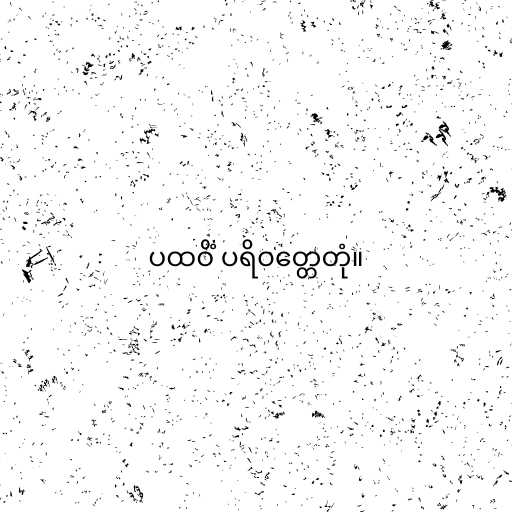
ပထဝိံ ပရိဝတ္တေတုံ။